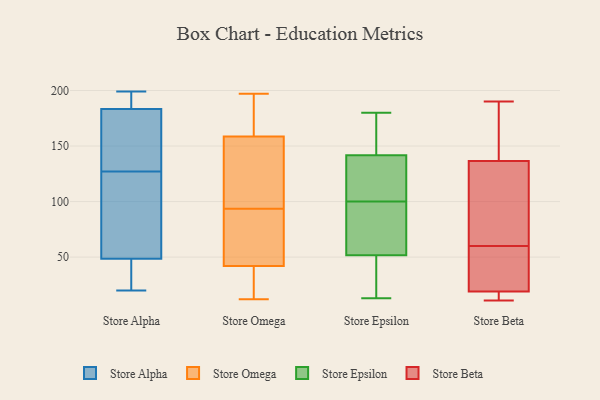
{"axis": {"x": "Latency (ms)", "y": "Value"}, "legend": ["Store Alpha", "Store Beta", "Store Epsilon", "Store Omega"], "data": [{"x": "", "y": 127, "type": "Store Alpha"}, {"x": "", "y": 192, "type": "Store Alpha"}, {"x": "", "y": 29, "type": "Store Alpha"}, {"x": "", "y": 177, "type": "Store Alpha"}, {"x": "", "y": 105, "type": "Store Alpha"}, {"x": "", "y": 98, "type": "Store Alpha"}, {"x": "", "y": 181, "type": "Store Alpha"}, {"x": "", "y": 32, "type": "Store Alpha"}, {"x": "", "y": 199, "type": "Store Alpha"}, {"x": "", "y": 20, "type": "Store Alpha"}, {"x": "", "y": 184, "type": "Store Alpha"}, {"x": "", "y": 182, "type": "Store Omega"}, {"x": "", "y": 12, "type": "Store Omega"}, {"x": "", "y": 27, "type": "Store Omega"}, {"x": "", "y": 104, "type": "Store Omega"}, {"x": "", "y": 83, "type": "Store Omega"}, {"x": "", "y": 124, "type": "Store Omega"}, {"x": "", "y": 135, "type": "Store Omega"}, {"x": "", "y": 55, "type": "Store Omega"}, {"x": "", "y": 177, "type": "Store Omega"}, {"x": "", "y": 41, "type": "Store Omega"}, {"x": "", "y": 185, "type": "Store Omega"}, {"x": "", "y": 72, "type": "Store Omega"}, {"x": "", "y": 43, "type": "Store Omega"}, {"x": "", "y": 197, "type": "Store Omega"}, {"x": "", "y": 117, "type": "Store Omega"}, {"x": "", "y": 30, "type": "Store Omega"}, {"x": "", "y": 144, "type": "Store Omega"}, {"x": "", "y": 173, "type": "Store Omega"}, {"x": "", "y": 40, "type": "Store Omega"}, {"x": "", "y": 45, "type": "Store Omega"}, {"x": "", "y": 66, "type": "Store Epsilon"}, {"x": "", "y": 100, "type": "Store Epsilon"}, {"x": "", "y": 100, "type": "Store Epsilon"}, {"x": "", "y": 180, "type": "Store Epsilon"}, {"x": "", "y": 13, "type": "Store Epsilon"}, {"x": "", "y": 164, "type": "Store Epsilon"}, {"x": "", "y": 81, "type": "Store Epsilon"}, {"x": "", "y": 114, "type": "Store Epsilon"}, {"x": "", "y": 151, "type": "Store Epsilon"}, {"x": "", "y": 45, "type": "Store Epsilon"}, {"x": "", "y": 47, "type": "Store Epsilon"}, {"x": "", "y": 151, "type": "Store Beta"}, {"x": "", "y": 13, "type": "Store Beta"}, {"x": "", "y": 11, "type": "Store Beta"}, {"x": "", "y": 15, "type": "Store Beta"}, {"x": "", "y": 22, "type": "Store Beta"}, {"x": "", "y": 54, "type": "Store Beta"}, {"x": "", "y": 62, "type": "Store Beta"}, {"x": "", "y": 90, "type": "Store Beta"}, {"x": "", "y": 158, "type": "Store Beta"}, {"x": "", "y": 179, "type": "Store Beta"}, {"x": "", "y": 58, "type": "Store Beta"}, {"x": "", "y": 16, "type": "Store Beta"}, {"x": "", "y": 43, "type": "Store Beta"}, {"x": "", "y": 190, "type": "Store Beta"}, {"x": "", "y": 82, "type": "Store Beta"}, {"x": "", "y": 122, "type": "Store Beta"}]}